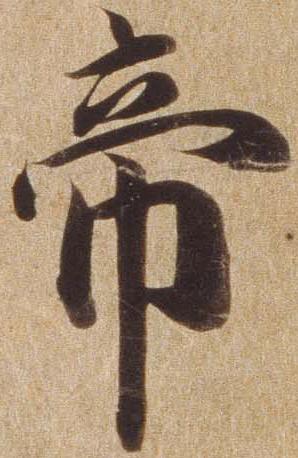
帝